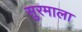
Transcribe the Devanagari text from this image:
सुरमाला